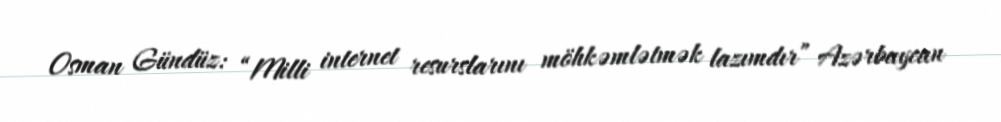
Osman Gündüz: “Milli internet resurslarını möhkəmlətmək lazımdır” Azərbaycan